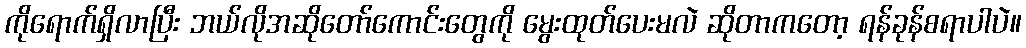
ကိုရောက်ရှိလာပြီး ဘယ်လိုအဆိုတော်ကောင်းတွေကို မွေးထုတ်ပေးမလဲ ဆိုတာကတော့ ရန်ခုန်စရာပါပဲ။